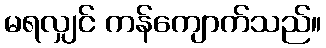
မရလျှင် ကန်ကျောက်သည်။